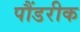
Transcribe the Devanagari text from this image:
पौंडरीक